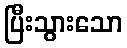
ပြီးသွားသော